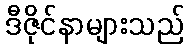
ဒီဇိုင်နာများသည်